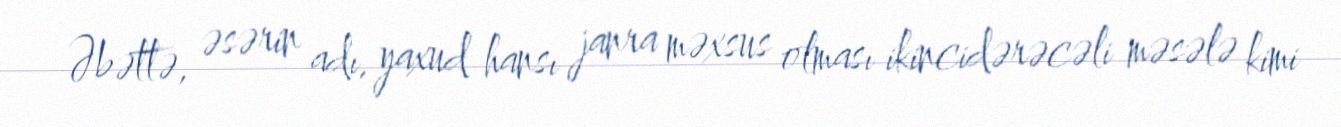
Əbəttə, əsərin adı, yaxud hansı janra məxsus olması ikincidərəcəli məsələ kimi